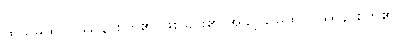
ထိုသမထဝိပဿနာစိတ်၏ ဖြစ်ခြင်း၏ အခွင့်သမထဝိပဿနာစိတ်၏